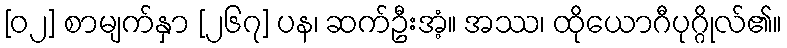
[၀၂] စာမျက်နှာ [၂၆၇] ပန၊ ဆက်ဦးအံ့။ အဿ၊ ထိုယောဂီပုဂ္ဂိုလ်၏။